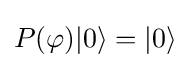
P(\varphi )|0\rangle =|0\rangle